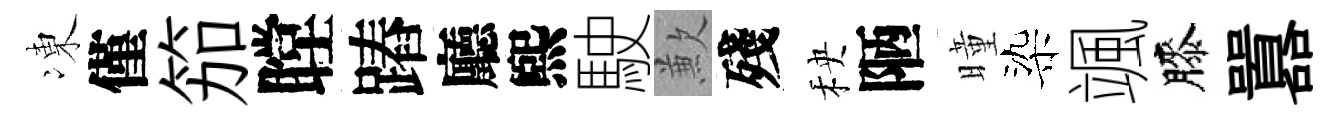
凍僅笳瞠蹖廳煕駛歉殘秧陋曈染颯膝囂